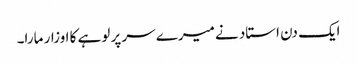
ایک دن استاد نے میرے سر پر لوہے کا اوزار مارا۔